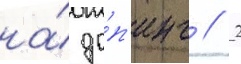
на́ до́п'инг // 2